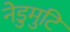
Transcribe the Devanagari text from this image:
नेडुमुटि